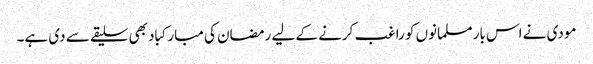
مودی نے اس بار مسلمانوں کو راغب کرنے کے لیے رمضان کی مبارکباد بھی سلیقے سے دی ہے۔